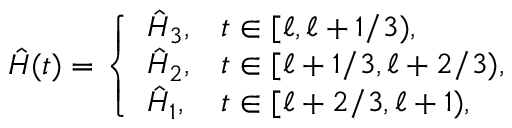
\hat { H } ( t ) = \left\{ \begin{array} { l l } { \hat { H } _ { 3 } , } & { t \in [ \ell , \ell + 1 / 3 ) , } \\ { \hat { H } _ { 2 } , } & { t \in [ \ell + 1 / 3 , \ell + 2 / 3 ) , } \\ { \hat { H } _ { 1 } , } & { t \in [ \ell + 2 / 3 , \ell + 1 ) , } \end{array} \right.